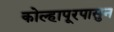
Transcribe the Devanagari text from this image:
कोल्हापूरपासुन